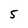
Character: 5